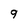
Character: 9